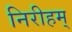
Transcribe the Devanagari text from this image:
निरीहम्